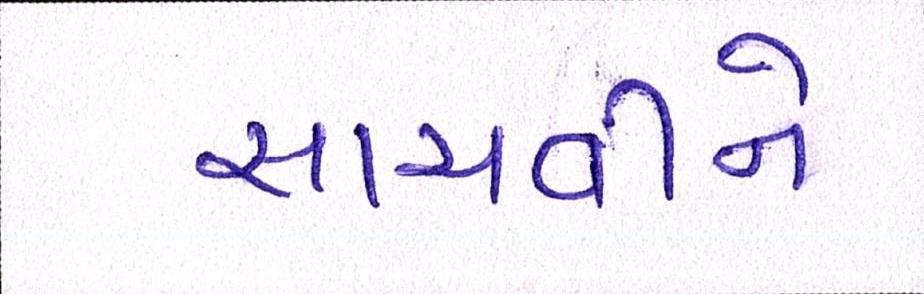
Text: સાચવીને